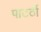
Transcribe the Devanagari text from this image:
पाटर्ठी